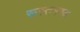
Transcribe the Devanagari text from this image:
रूस्तमगढ़